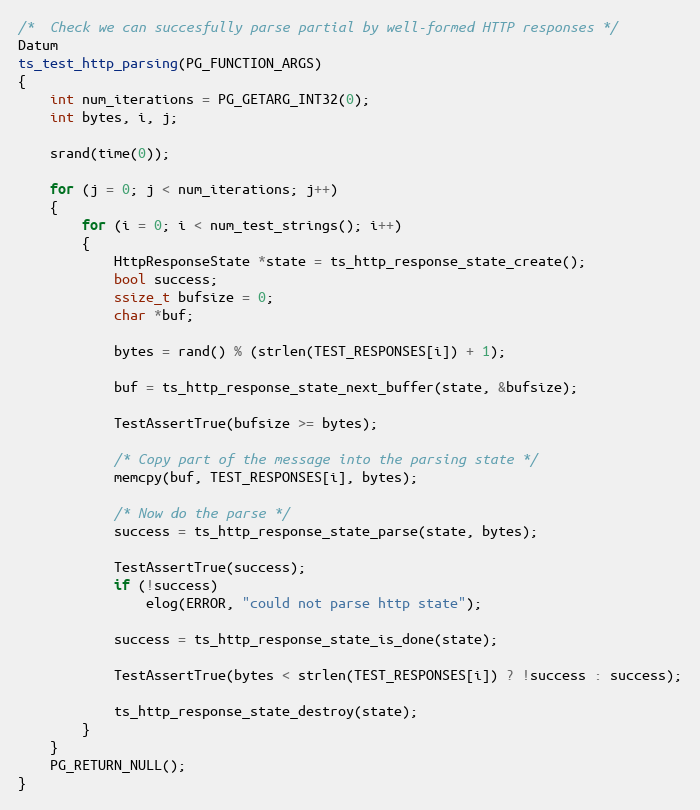
Language: C
/*  Check we can succesfully parse partial by well-formed HTTP responses */
Datum
ts_test_http_parsing(PG_FUNCTION_ARGS)
{
	int num_iterations = PG_GETARG_INT32(0);
	int bytes, i, j;

	srand(time(0));

	for (j = 0; j < num_iterations; j++)
	{
		for (i = 0; i < num_test_strings(); i++)
		{
			HttpResponseState *state = ts_http_response_state_create();
			bool success;
			ssize_t bufsize = 0;
			char *buf;

			bytes = rand() % (strlen(TEST_RESPONSES[i]) + 1);

			buf = ts_http_response_state_next_buffer(state, &bufsize);

			TestAssertTrue(bufsize >= bytes);

			/* Copy part of the message into the parsing state */
			memcpy(buf, TEST_RESPONSES[i], bytes);

			/* Now do the parse */
			success = ts_http_response_state_parse(state, bytes);

			TestAssertTrue(success);
			if (!success)
				elog(ERROR, "could not parse http state");

			success = ts_http_response_state_is_done(state);

			TestAssertTrue(bytes < strlen(TEST_RESPONSES[i]) ? !success : success);

			ts_http_response_state_destroy(state);
		}
	}
	PG_RETURN_NULL();
}